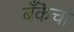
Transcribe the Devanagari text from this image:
बँकॆचा